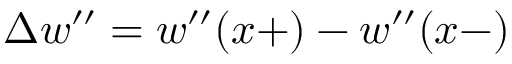
\Delta w ^ { \prime \prime } = w ^ { \prime \prime } ( x + ) - w ^ { \prime \prime } ( x - )